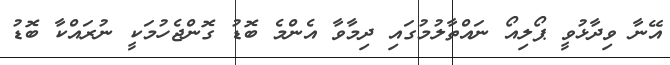
އޭނާ ވިދާޅުވީ ޕޯލިއޯ ނައްތާލުމުގައި ދިމާވާ އެންމެ ބޮޑު ގޮންޖެހުމަކީ ނުރައްކާ ބޮޑު